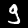
Digit: 9